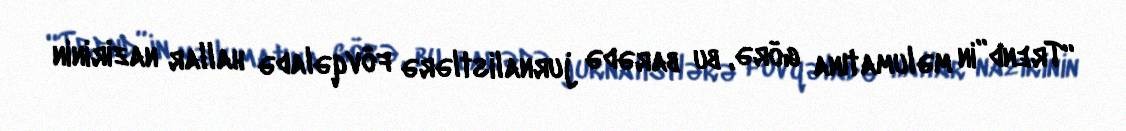
“Trend”in məlumatına görə, bu barədə jurnalistlərə fövqəladə hallar nazirinin